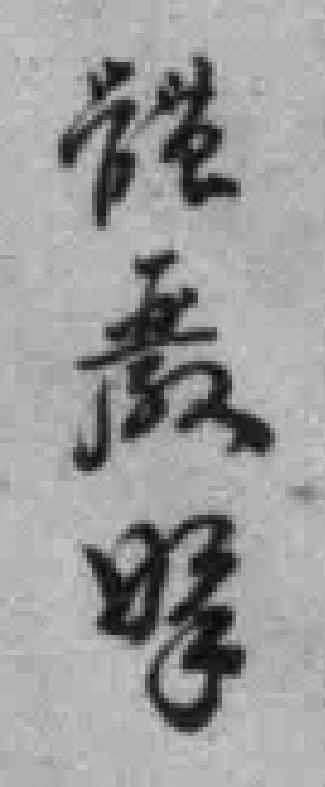
*